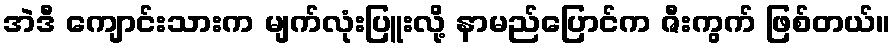
အဲဒီ ကျောင်းသားက မျက်လုံးပြူးလို့ နာမည်ပြောင်က ဇီးကွက် ဖြစ်တယ်။